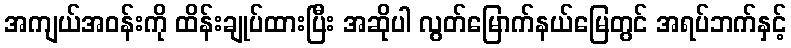
အကျယ်အဝန်းကို ထိန်းချုပ်ထားပြီး အဆိုပါ လွတ်မြောက်နယ်မြေတွင် အရပ်ဘက်နှင့်